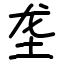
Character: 垄